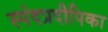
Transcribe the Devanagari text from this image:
स्पंदप्रदीपिका